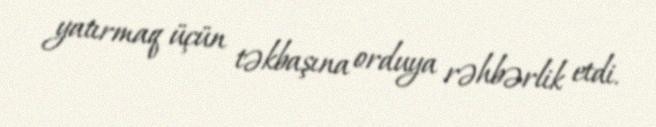
yatırmaq üçün təkbaşına orduya rəhbərlik etdi.